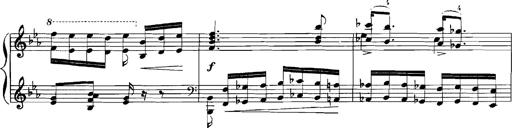
Title: Rhapsodies hongroises
Composer: Franz Liszt